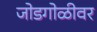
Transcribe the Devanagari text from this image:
जोडगोळीवर